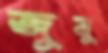
জুমু